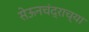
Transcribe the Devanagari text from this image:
सेऊनचंद्राच्या